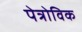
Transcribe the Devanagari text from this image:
पेत्रोविक